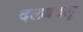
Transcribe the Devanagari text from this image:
दलबदलू